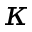
\kappa